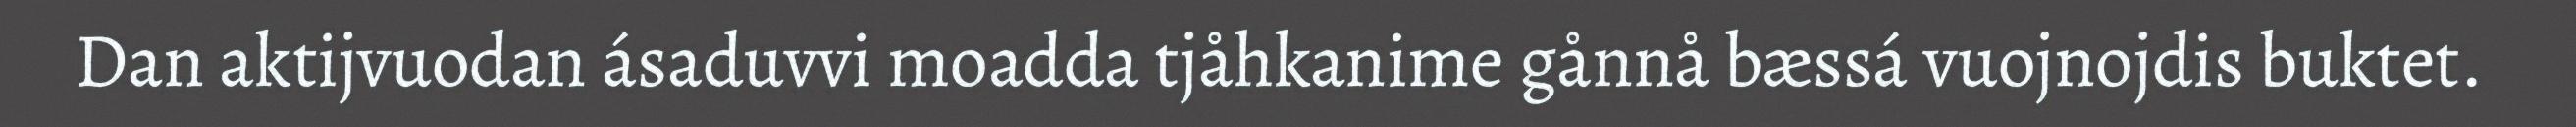
Dan aktijvuodan ásaduvvi moadda tjåhkanime gånnå bæssá vuojnojdis buktet.